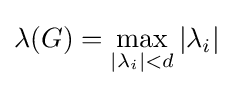
\lambda (G)=\max _{\left|\lambda _{i}\right|<d}|\lambda _{i}|